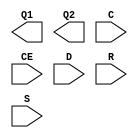
// $Header: /devl/xcs/repo/env/Databases/CAEInterfaces/xec_libs/data/unisims/IDDR.v,v 1.1 2005/05/10 01:20:05 wloo Exp $

`timescale  1 ps / 1 ps

module IDDR (Q1, Q2, C, CE, D, R, S);

    output Q1;
    output Q2;
    input C;
    input CE;
    input D;
    input R;
    input S;
    parameter DDR_CLK_EDGE = "OPPOSITE_EDGE";    
    parameter INIT_Q1 = 1'b0;
    parameter INIT_Q2 = 1'b0;
    parameter SRTYPE = "SYNC";

endmodule // IDDR